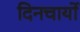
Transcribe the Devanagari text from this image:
दिनचार्यो